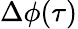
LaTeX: \Delta\phi(\tau)